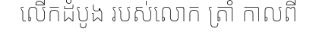
លើកដំបូង របស់លោក ត្រាំ កាលពី